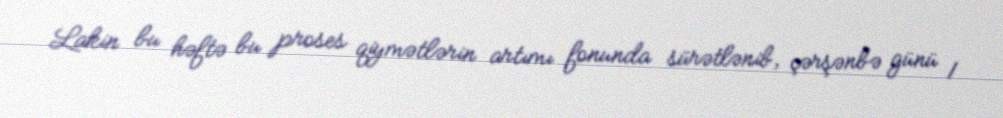
Lakin bu həftə bu proses qiymətlərin artımı fonunda sürətlənib, çərşənbə günü 1